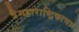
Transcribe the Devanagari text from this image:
त्रैमहाराष्ट्रिकाचा